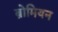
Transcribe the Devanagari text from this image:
ब्रोमियन